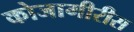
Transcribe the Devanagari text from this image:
कोजागीरीस